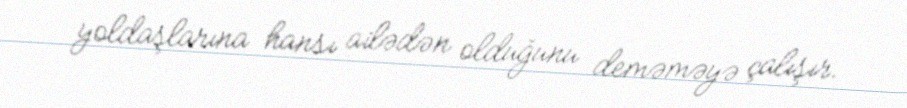
yoldaşlarına hansı ailədən olduğunu deməməyə çalışır.